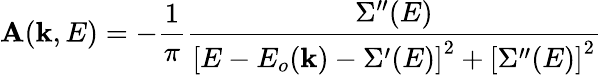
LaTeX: \mathbf{A}(\mathbf{{k}},E)=-{\frac{{1}}{{\pi}}}{\frac{{\Sigma^{\prime\prime}(E)}}{{\left[E-E_{o}(\mathbf{{k}})-\Sigma^{\prime}(E)\right]^{2}+\left[\Sigma^{\prime\prime}(E)\right]^{2}}}}